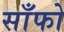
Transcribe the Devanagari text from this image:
साँफो